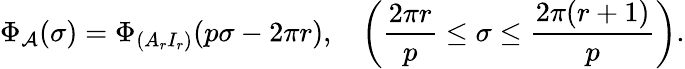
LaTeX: \Phi_{{\cal A}}(\sigma)=\Phi_{(A_{r}I_{r})}(p\sigma-2\pi r),~~~\left(\frac{2\pi r}{p}\leq\sigma\leq\frac{2\pi(r+1)}{p}\right).